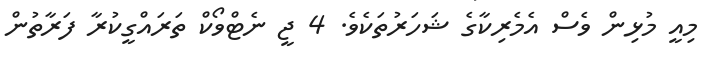
މިއީ މުޅިން ވެސް އެމެރިކާގެ ޝަހަރުތަކެވެ. 4 ޖީ ނެޓްވޯކް ތަރައްގީކުރާ ފަރާތުން